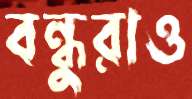
বন্ধুরাও